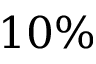
1 0 \%